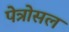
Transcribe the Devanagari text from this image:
पेत्रोसल